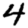
Digit: 4